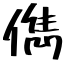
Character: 儁